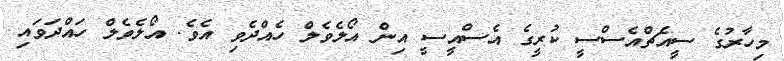
މިހާރުގެ ސީއެޗްއެސްސީ ކުރީގެ އެސްއީސީ އިން އޯލެވެލް ހެއްދެވި އެވެ. އޯލެވެލް ހައްދަވައި